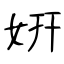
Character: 姸